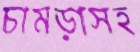
চামড়াসহ